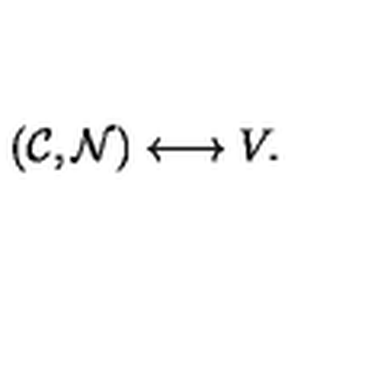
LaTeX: ( { \cal C } , { \cal N } ) \longleftrightarrow V .